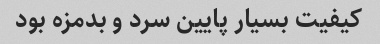
کیفیت بسیار پایین سرد و بدمزه بود